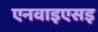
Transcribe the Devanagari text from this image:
एनवाइएसइ